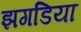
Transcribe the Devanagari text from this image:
झगडिया